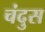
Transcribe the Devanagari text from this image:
चंदुस